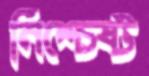
নিশ্চেষ্ট